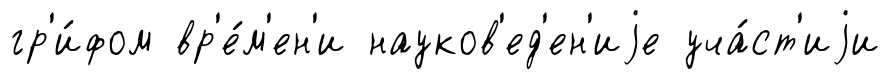
гр'и́фом вр'е́м'ен'и науков'ед'ен'иjе уча́ст'иjи